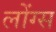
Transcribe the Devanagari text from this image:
लोंग्स